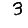
Digit: 3